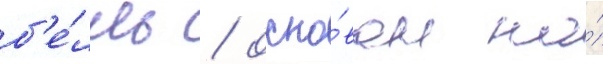
б'е́лль / осно́ван на́